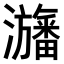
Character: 𤄫